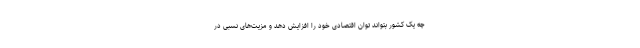
چه یک کشور بتواند توان اقتصادی خود را افزایش دهد و مزیت‌های نسبی در